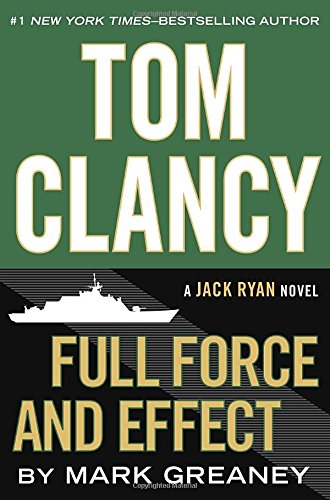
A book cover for Full Force and Effect (Jack Ryan); Mark Greaney; Literature & Fiction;